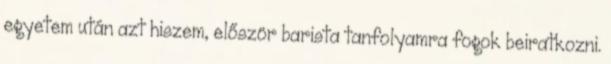
egyetem után azt hiszem, először barista tanfolyamra fogok beiratkozni.